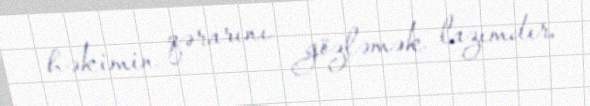
həkimin qərarını gözləmək lazımdır.